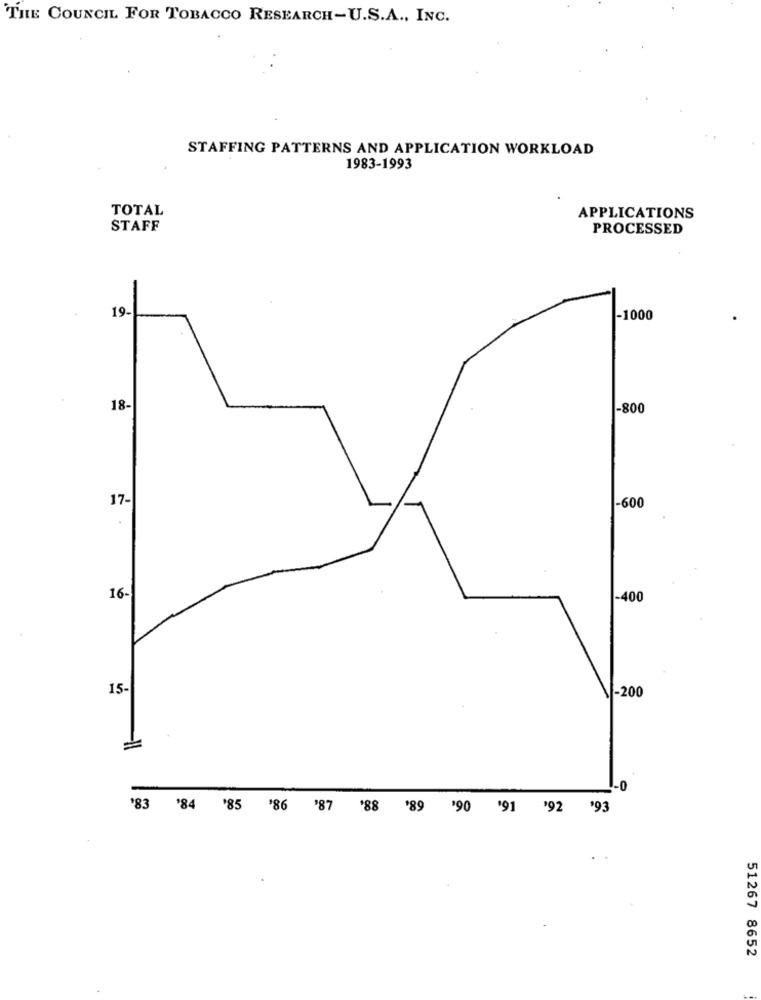
THE COUNCIL FOR TOBACCO RESEARCH-U.S.A ., INC.
STAFFING PATTERNS AND APPLICATION WORKLOAD
1983-1993
TOTAL
APPLICATIONS
STAFF
PROCESSED
19-
-1000
18-
-800
17-
-600
16-
-400
15-
-200
-0
'83
'84 '85
'86 '87 '88 '89 '90 '91 '92
'93
51267 8652